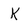
Character: K